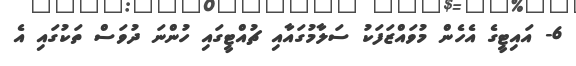
6- އައިޓީގެ އެހެން މުވައްޒަފަކު ސަލާމުގައާއި ޗުއްޓީގައި ހުންނަ ދުވަސް ތަކުގައި އެ